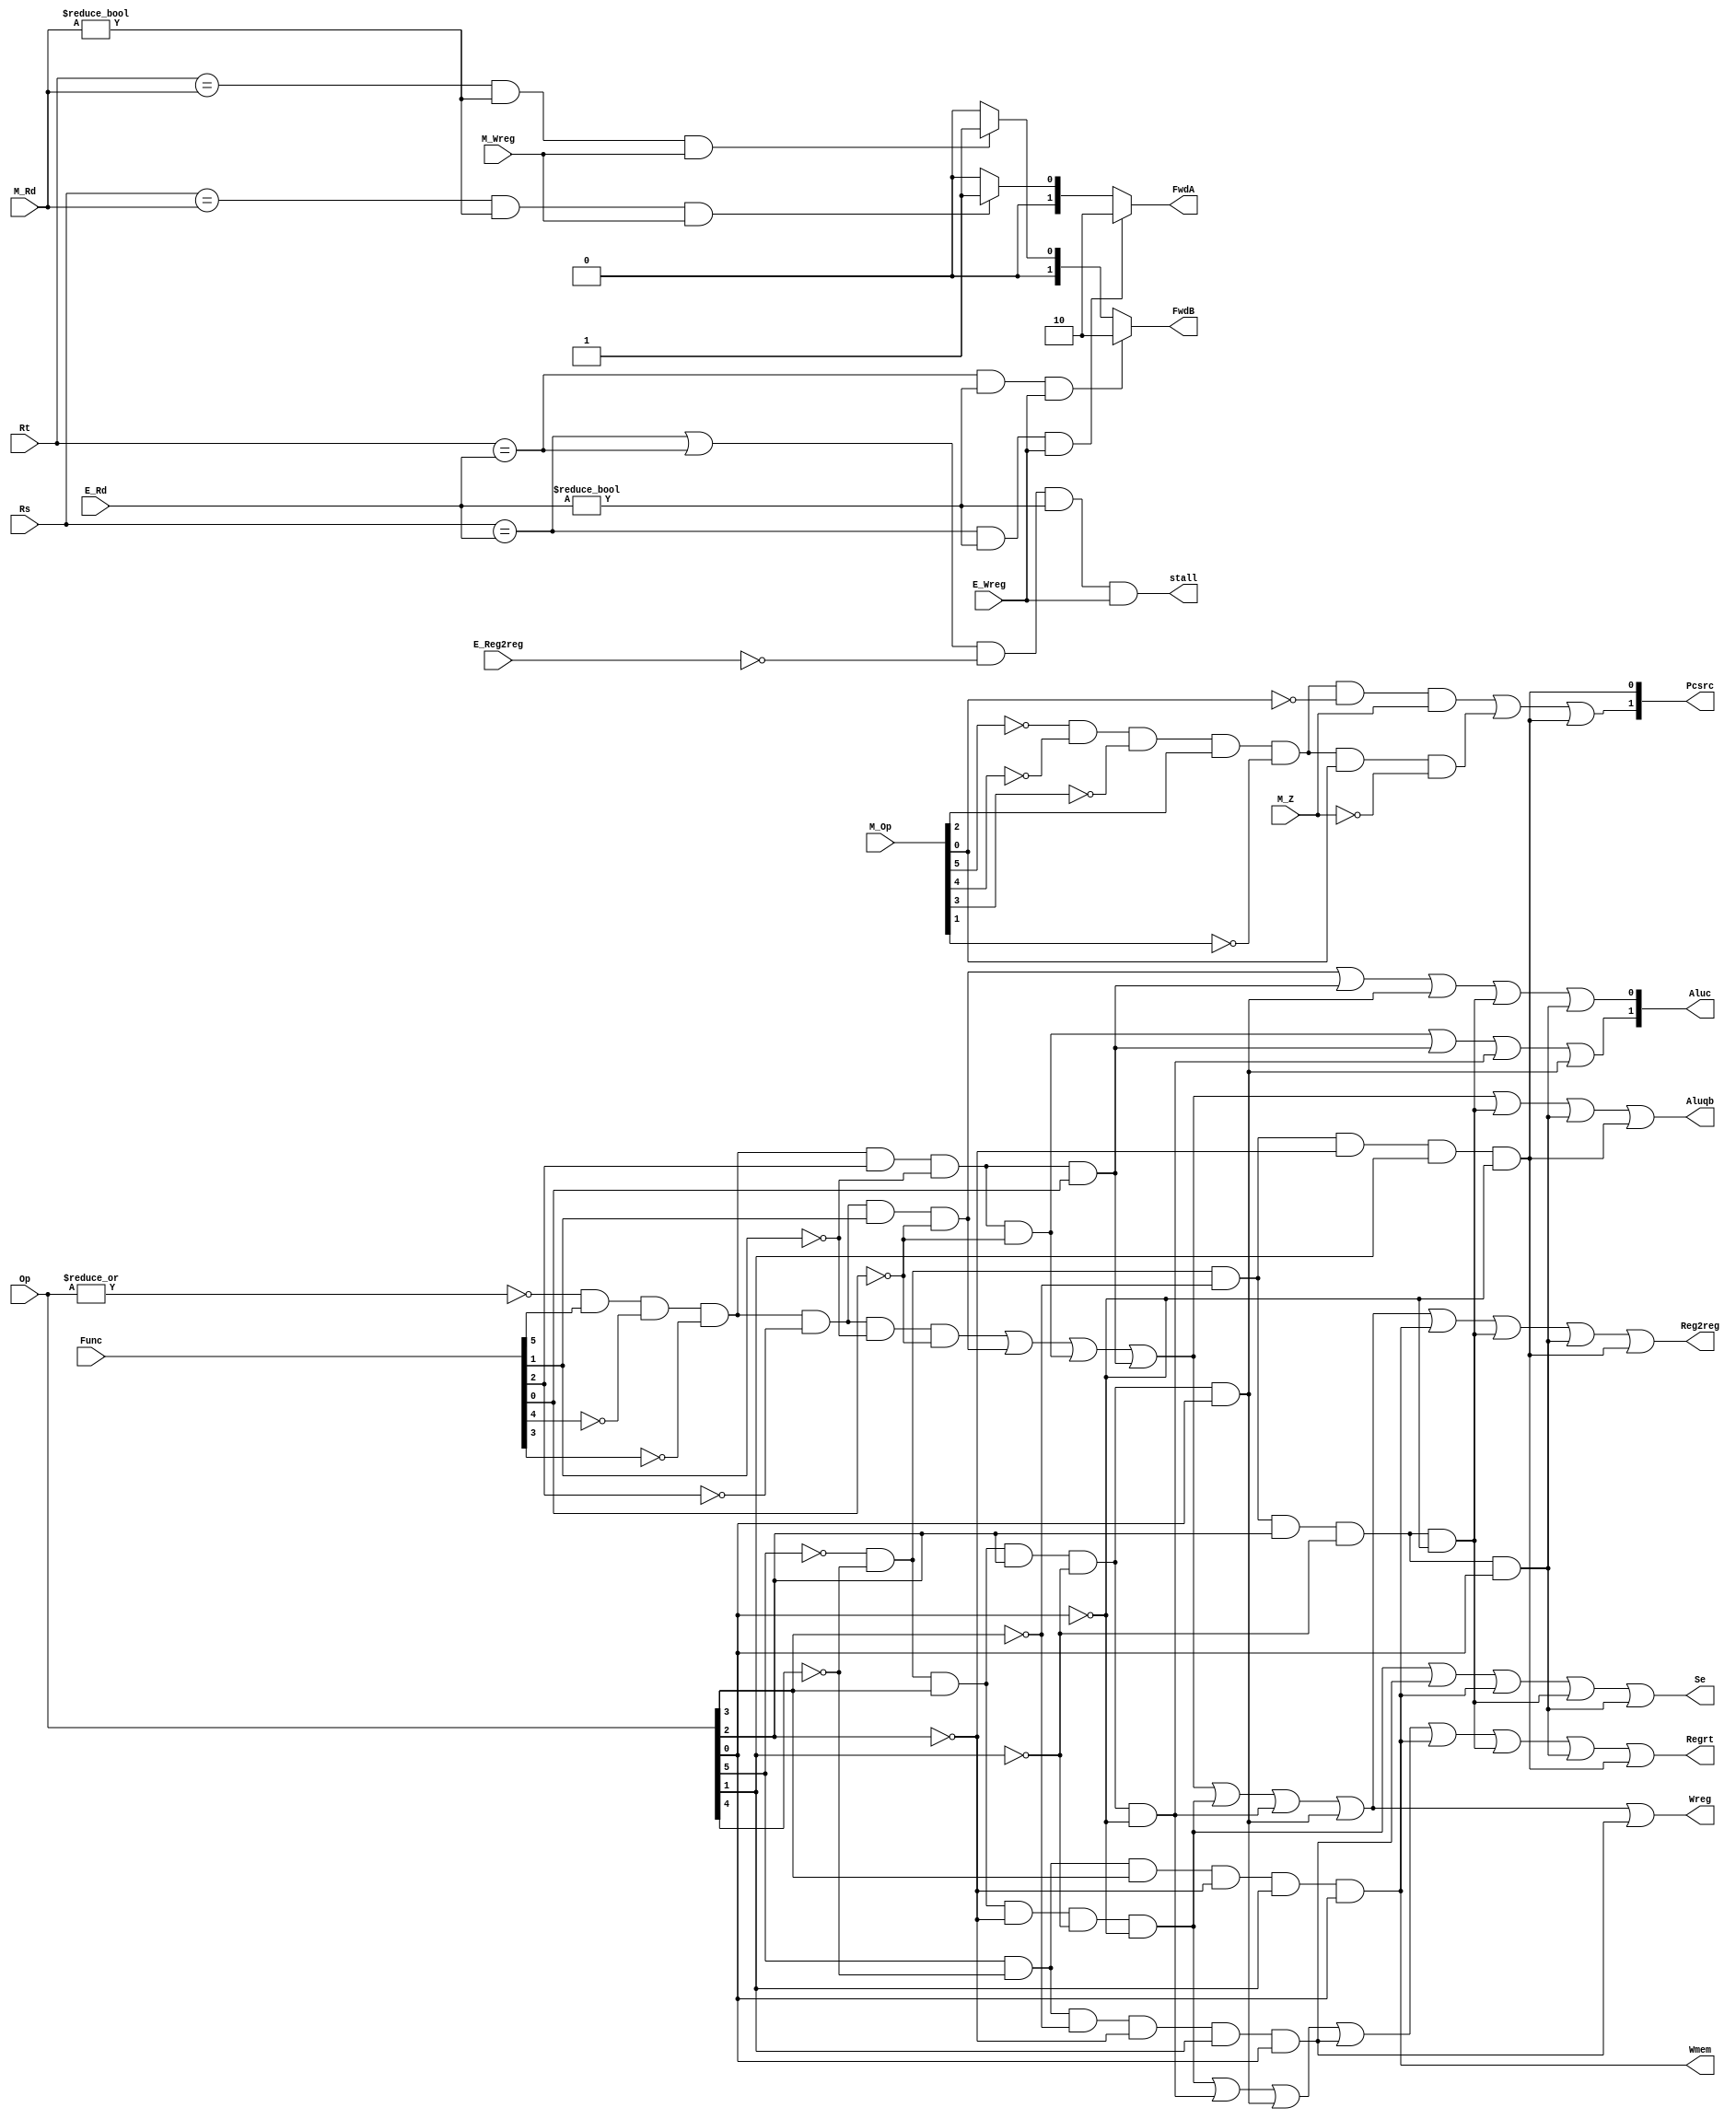
`timescale 1ns / 1ps
module pipe_CONUNIT(Op,M_Op,Func,M_Z,Regrt,Se,Wreg,Aluqb,Aluc,Wmem,Pcsrc,Reg2reg,E_Rd,M_Rd,E_Wreg,M_Wreg,Rs,Rt,FwdA,FwdB,E_Reg2reg,stall);
    input [5:0]Op,Func,M_Op;
    input M_Z;
    input E_Wreg,M_Wreg,E_Reg2reg;
    input [4:0]E_Rd,M_Rd,Rs,Rt;
    output Regrt,Se,Wreg,Aluqb,Wmem,Reg2reg,stall;
    output [1:0]Pcsrc,Aluc;
    output reg [1:0]FwdA,FwdB;
    wire R_type=~|Op;
    wire I_add=R_type&Func[5]&~Func[4]&~Func[3]&~Func[2]&~Func[1]&~Func[0];
    wire I_sub=R_type&Func[5]&~Func[4]&~Func[3]&~Func[2]&Func[1]&~Func[0];
    wire I_and=R_type&Func[5]&~Func[4]&~Func[3]&Func[2]&~Func[1]&~Func[0];
    wire I_or=R_type&Func[5]&~Func[4]&~Func[3]&Func[2]&~Func[1]&Func[0];
    wire I_addi=~Op[5]&~Op[4]&Op[3]&~Op[2]&~Op[1]&~Op[0];
    wire I_andi=~Op[5]&~Op[4]&Op[3]&Op[2]&~Op[1]&~Op[0];
    wire I_ori=~Op[5]&~Op[4]&Op[3]&Op[2]&~Op[1]&Op[0];
    wire I_lw=Op[5]&~Op[4]&~Op[3]&~Op[2]&Op[1]&Op[0];
    wire I_sw=Op[5]&~Op[4]&Op[3]&~Op[2]&Op[1]&Op[0];
    wire I_beq=~Op[5]&~Op[4]&~Op[3]&Op[2]&~Op[1]&~Op[0];
    wire I_bne=~Op[5]&~Op[4]&~Op[3]&Op[2]&~Op[1]&Op[0];
    wire M_beq=~M_Op[5]&~M_Op[4]&~M_Op[3]&M_Op[2]&~M_Op[1]&~M_Op[0];
    wire M_bne=~M_Op[5]&~M_Op[4]&~M_Op[3]&M_Op[2]&~M_Op[1]&M_Op[0];
    wire I_J=~Op[5]&~Op[4]&~Op[3]&~Op[2]&Op[1]&~Op[0];
    wire E_Inst = I_add|I_sub|I_and|I_or|I_sw|I_beq|I_bne;
    assign Regrt = I_addi|I_andi|I_ori|I_lw|I_sw|I_beq|I_bne|I_J;
    assign Se = I_addi|I_lw|I_sw|I_beq|I_bne;
    assign Wreg = I_add|I_sub|I_and|I_or|I_addi|I_andi|I_ori|I_lw;
    assign Aluqb = I_add|I_sub|I_and|I_or|I_beq|I_bne|I_J;
    assign Aluc[1] = I_and|I_or|I_andi|I_ori;
    assign Aluc[0] = I_sub|I_or|I_ori|I_beq|I_bne;
    assign Wmem = I_sw;
    assign Pcsrc[1] = (M_beq&M_Z)|(M_bne&~M_Z)|I_J;
    assign Pcsrc[0] = I_J;
    assign Reg2reg = I_add|I_sub|I_and|I_or|I_addi|I_andi|I_ori|I_sw|I_beq|I_bne|I_J;
    always@(E_Rd,M_Rd,E_Wreg,M_Wreg,Rs,Rt)begin
        FwdA=2'b00;//
        if((Rs==E_Rd)&(E_Rd!=0)&(E_Wreg==1))begin
            FwdA=2'b10;//EX
        end else begin
            if((Rs==M_Rd)&(M_Rd!=0)&(M_Wreg==1))begin
                FwdA=2'b01;//MEM
            end
        end
        end
    always@(E_Rd,M_Rd,E_Wreg,M_Wreg,Rs,Rt)begin
        FwdB=2'b00;//
        if((Rt==E_Rd)&(E_Rd!=0)&(E_Wreg==1))begin
                   FwdB=2'b10;//EX
        end else begin
            if((Rt==M_Rd)&(M_Rd!=0)&(M_Wreg==1))begin
                FwdB=2'b01;//MEM
            end
        end
    end
    assign stall=((Rs==E_Rd)|(Rt==E_Rd))&(E_Reg2reg==0)&(E_Rd!=0)&(E_Wreg==1);
endmodule